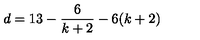
d = 1 3 - \frac { 6 } { k + 2 } - 6 ( k + 2 )